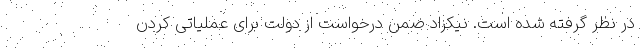
در نظر گرفته شده است. نیکزاد ضمن درخواست از دولت برای عملیاتی کردن